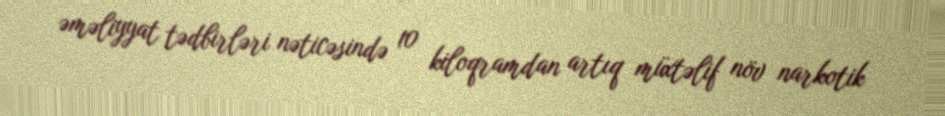
əməliyyat tədbirləri nəticəsində 10 kiloqramdan artıq müxtəlif növ narkotik